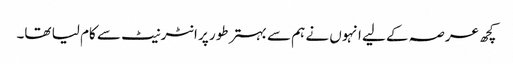
کچھ عرصہ کے لیے انہوں نے ہم سے بہتر طور پر انٹرنیٹ سے کام لیا تھا۔